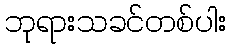
ဘုရားသခင်တစ်ပါး